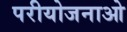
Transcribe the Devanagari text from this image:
परीयोजनाओ